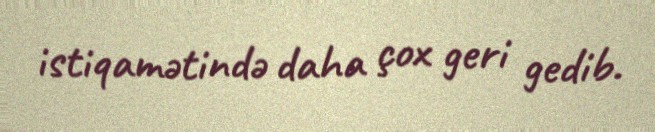
istiqamətində daha çox geri gedib.